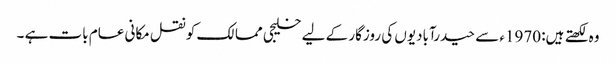
وہ لکھتے ہیں: 1970ء سے حیدرآبادیوں کی روزگار کے لیے خلیجی ممالک کو نقل مکانی عام بات ہے ۔